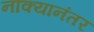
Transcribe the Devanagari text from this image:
नाक्यानंतर